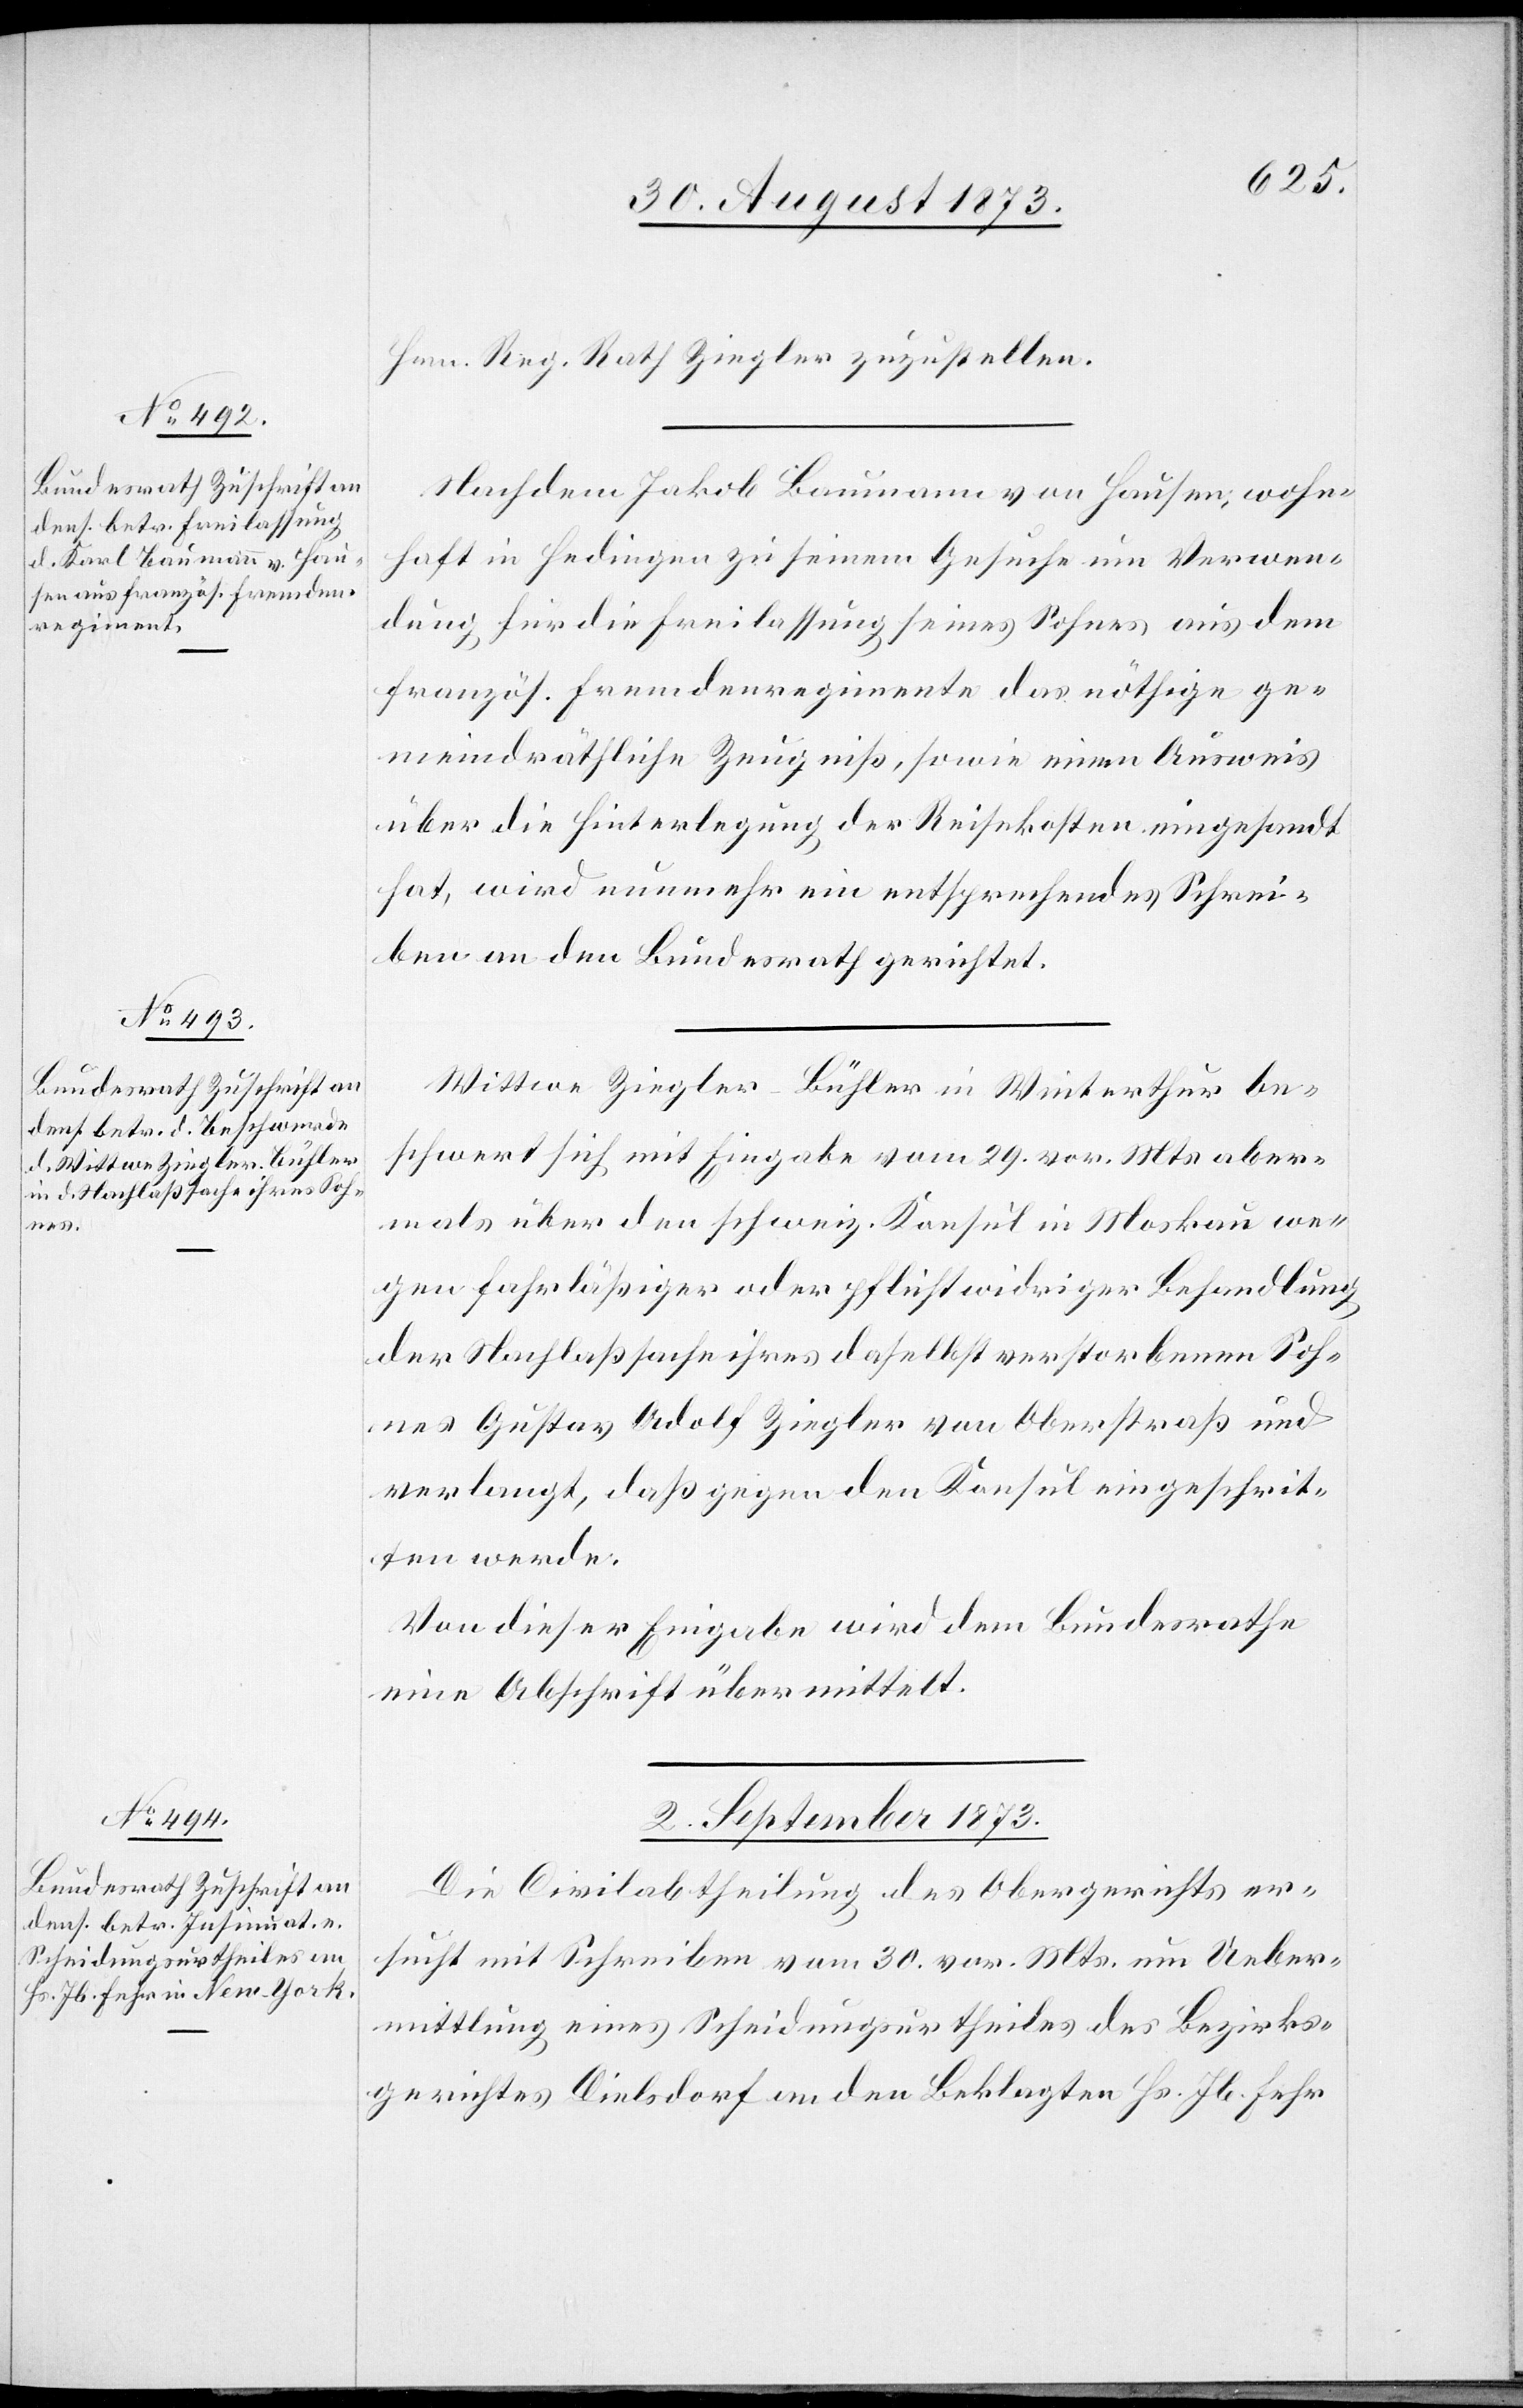
Hrn. Reg. Rath Ziegler zuzustellen.
Nachdem Jakob Baumann von Hausen, wohn¬
haft in Hedingen zu seinem Gesuche um Verwen¬
dung für die Freilassung seines Sohnes aus dem
französ. Fremdenregimente das nöthige ge¬
meindräthliche Zeugniß, sowie einen Ausweis
über die Hinterlegung der Reisekosten eingesandt
hat, wird nunmehr ein entsprechendes Schrei¬
ben an den Bundesrath gerichtet.
Wittwe Ziegler-Bühler in Winterthur be¬
schwert sich mit Eingabe vom 29. vor. Mts. aber¬
mals über den schweiz. Konsul in Moskau we¬
gen fahrläßiger oder pflichtwidriger Behandlung
der Nachlaßsache ihres daselbst verstorbenen Soh¬
nes Gustav Adolf Ziegler von Oberstraß und
verlangt, daß gegen den Konsul eingeschrit¬
ten werde.
Von dieser Eingabe wird dem Bundesrathe
eine Abschrift übermittelt.
2. September 1873.
Die Civilabtheilung des Obergerichts er¬
sucht mit Schreiben vom 30. vor. Mts. um Ueber¬
mittlung eines Scheidungsurtheiles des Bezirks¬
gerichtes Dielsdorf an den Beklagten Hs. Jb. Fehr